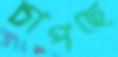
চাপছে